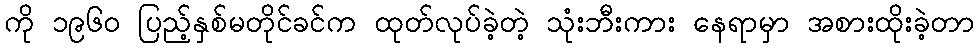
ကို ၁၉၆၀ ပြည့်နှစ်မတိုင်ခင်က ထုတ်လုပ်ခဲ့တဲ့ သုံးဘီးကား နေရာမှာ အစားထိုးခဲ့တာ